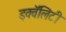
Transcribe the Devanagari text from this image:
इक्वॅलिटी